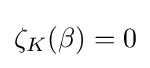
{\textstyle \zeta _{K}(\beta )=0}